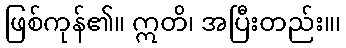
ဖြစ်ကုန်၏။ ဣတိ၊ အပြီးတည်း။၊